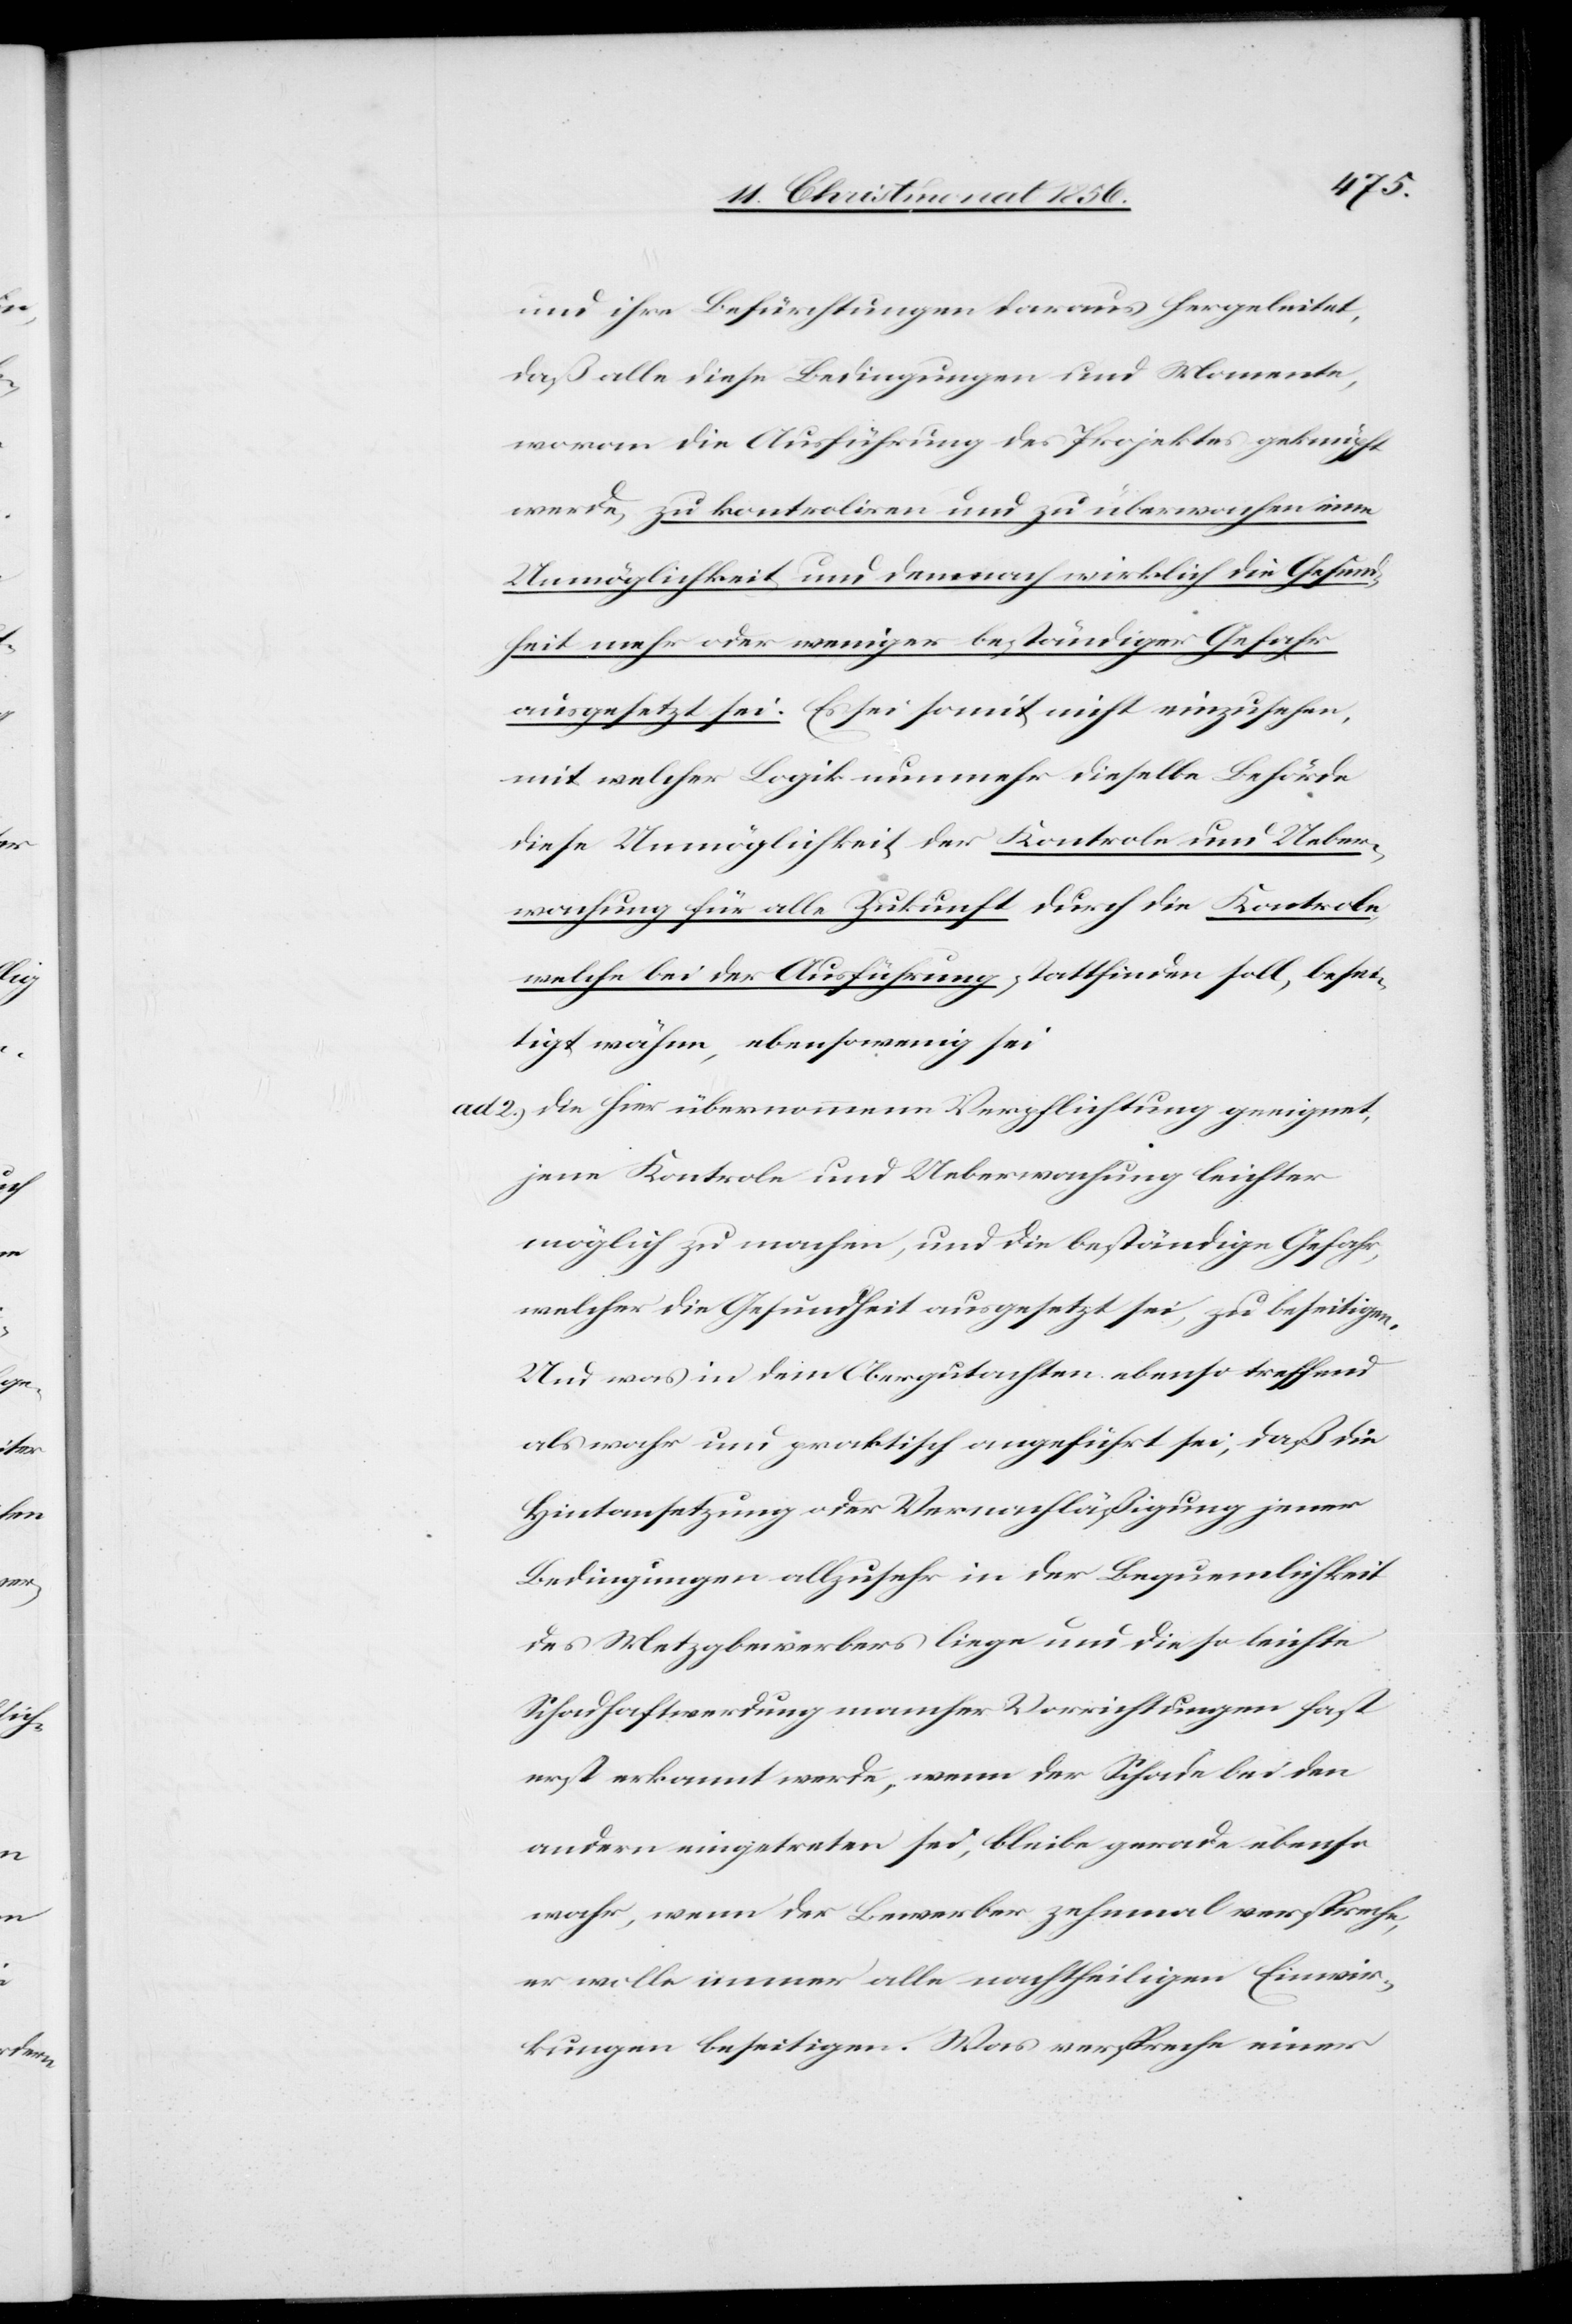
und ihre Befürchtungen daraus hergeleitet,
daß alle diese Bedingungen und Momente,
woran die Ausführung des Projektes geknüpft
werde, zu kontroliren und zu überwachen eine
Unmöglichkeit und demnach wirklich die Gesund¬
heit mehr oder weniger beständiger Gefahr
ausgesetzt sei. Es sei somit nicht einzusehen,
mit welcher Logik nunmehr dieselbe Behörde
diese Unmöglichkeit der Kontrole und Ueber¬
wachung für alle Zukunft durch die Kontrole,
welche bei der Ausführung stattfinden soll, besei¬
tigt wähne, ebensowenig sei
ad 2.) die hier übernommene Verpflichtung geeignet,
jene Kontrole und Ueberwachung leichter
möglich zu machen, und die beständige Gefahr,
welcher die Gesundheit ausgesetzt sei, zu beseitigen.
Und was in dem Obergutachten ebenso treffend
als wahr und praktisch angeführt sei, daß die
Hintansetzung oder Vernachläßigung jener
Bedingungen allzusehr in der Bequemlichkeit
des Metzgbewerbers liege und die so leichte
Schadhaftwerdung mancher Vorrichtungen fast
erst erkannt werde, wenn der Schade bei dem
andern eingetreten sei, bleibe gerade ebenso
wahr, wenn der Bewerber zehnmal verspreche,
er wolle immer alle nachtheiligen Einwir¬
kungen beseitigen. Was verspreche einer